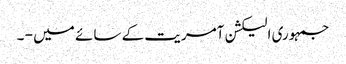
جمہوری الیکشن آمریت کے سائے میں - ۔